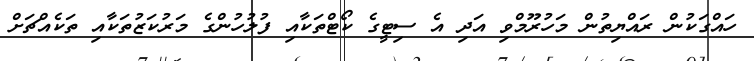
ހައްގަކުން ރައްޔިތުން މަހުރޫމްވި އަދި އެ ސިޓީގެ ކޯޓްތަކާއި ފުލުހުންގެ މަރުކަޒުތަކާއި ތަކެއްޗަށް